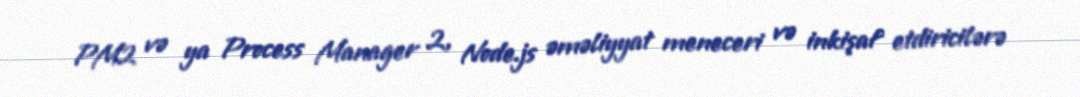
PM2 və ya Process Manager 2, Node.js əməliyyat meneceri və inkişaf etdiricilərə